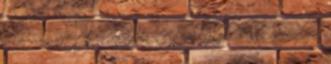
felé. Seráfütty. Van ilyen. Apám büszke lenne rám, ilyen